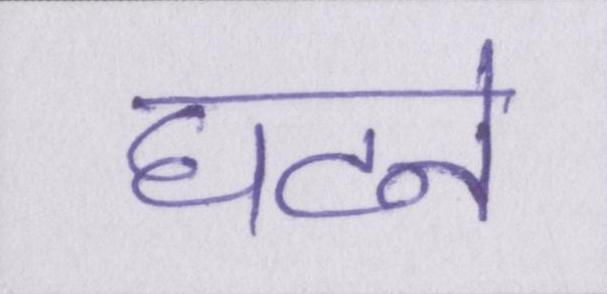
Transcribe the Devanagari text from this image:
घटने